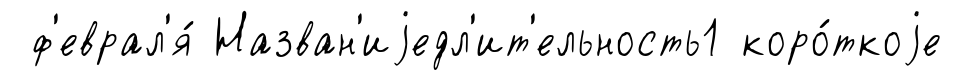
ф'еврал'я́ Назван'иjедл'ит'ельность1 коро́ткоjе